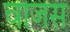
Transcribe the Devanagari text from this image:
वाजस